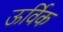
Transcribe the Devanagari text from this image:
ऊर्विक